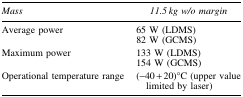
<table><thead><tr><td><b><i>Mass</i></b></td><td><b><i>11.5 kg w/o margin</i></b></td></tr></thead><tbody><tr><td>Average power</td><td>65 W (LDMS)</td></tr><tr><td> </td><td>82 W (GCMS)</td></tr><tr><td>Maximum power</td><td>133 W (LDMS)</td></tr><tr><td> </td><td>154 W (GCMS)</td></tr><tr><td>Operational temperature range</td><td>(−40 + 20)°C (upper value limited by laser)</td></tr></tbody></table>